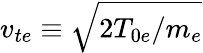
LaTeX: v_{te}\equiv\sqrt{2T_{0e}/m_{e}}